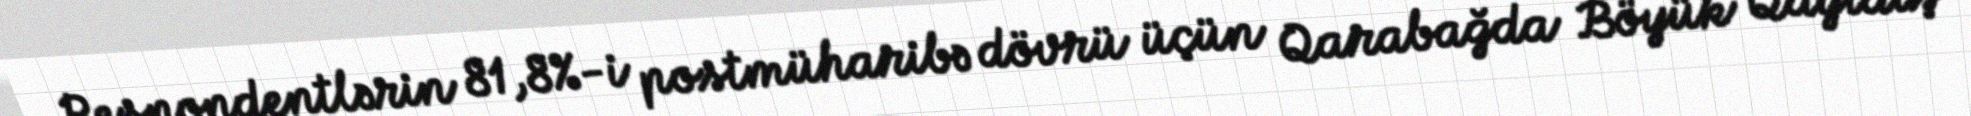
Respondentlərin 81,8%-i postmüharibə dövrü üçün Qarabağda Böyük Qayıdış